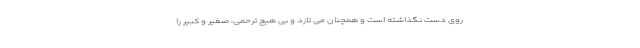
روی دست نگذاشته است و همچنان می تازد و بی هیچ ترحمی، صغیر و کبیر را